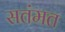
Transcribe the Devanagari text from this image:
सतंमत